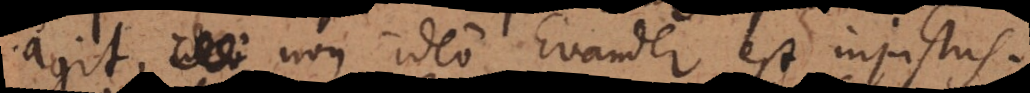
ideo non ideo Evander est injustus